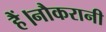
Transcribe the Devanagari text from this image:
हैं।नौकरानी